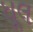
ધૂલ